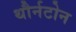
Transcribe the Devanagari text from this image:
थौर्नटोन